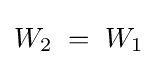
W_{2}\;=\;W_{1}